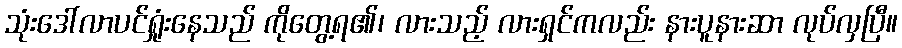
သုံးဒေါ်လာပင်ရှုံးနေသည် ကိုတွေ့ရ၏၊ လားသည့် လားရှင်ကလည်း နားပူနားဆာ လုပ်လှပြီ။